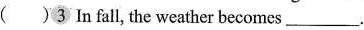
( )3 In fall, the weather becomes___.